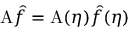
\mathrm { A } \hat { f } = \mathrm { A } ( \eta ) \hat { f } ( \eta )